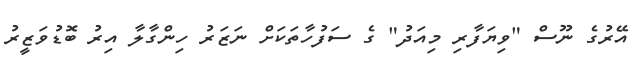
އޭރުގެ ނޫސް "ވިޔަފާރި މިއަދު" ގެ ސަފުހާތަކަށް ނަޒަރު ހިންގާލާ އިރު ބޮޑުވަޒީރު